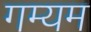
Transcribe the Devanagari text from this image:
गम्यम